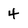
Character: 4